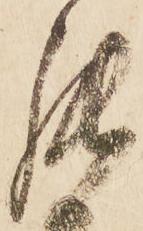
罷